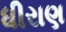
ધીરાણ